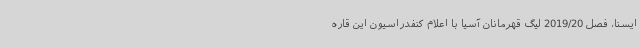
ایسنا، فصل 2019/20 لیگ قهرمانان آسیا با اعلام کنفدراسیون این قاره